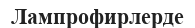
Лампрофирлерде